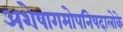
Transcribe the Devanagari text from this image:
अशेषागमोपनिषदालोके